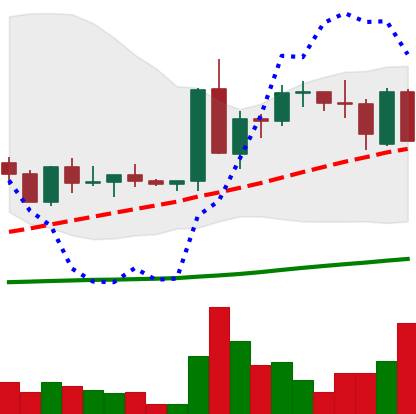
Ticker: ETC-USD
Chart end date: 2022-09-15
Forward return: -18.064%
Label: down_7plus